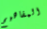
المفاهيم